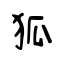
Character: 狐